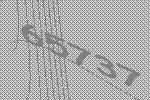
65737